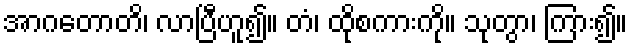
အာဂတောတိ၊ လာပြီဟူ၍။ တံ၊ ထိုစကားကို။ သုတွာ၊ ကြား၍။